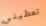
تعطيني